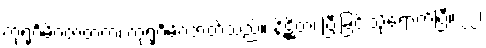
ကုရုင်္ဂမိဂဇာတကံ၊ ကုရုင်္ဂမိဂဇာတ်သည်။ နိဋ္ဌိတံ၊ ပြီးခြင်းသို့ရောက်ပြီ။ ၂၂၊